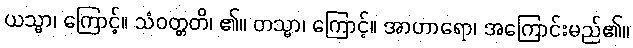
ယသ္မာ၊ ကြောင့်။ သံဝတ္တတိ၊ ၏။ တသ္မာ၊ ကြောင့်။ အာဟာရော၊ အကြောင်းမည်၏။